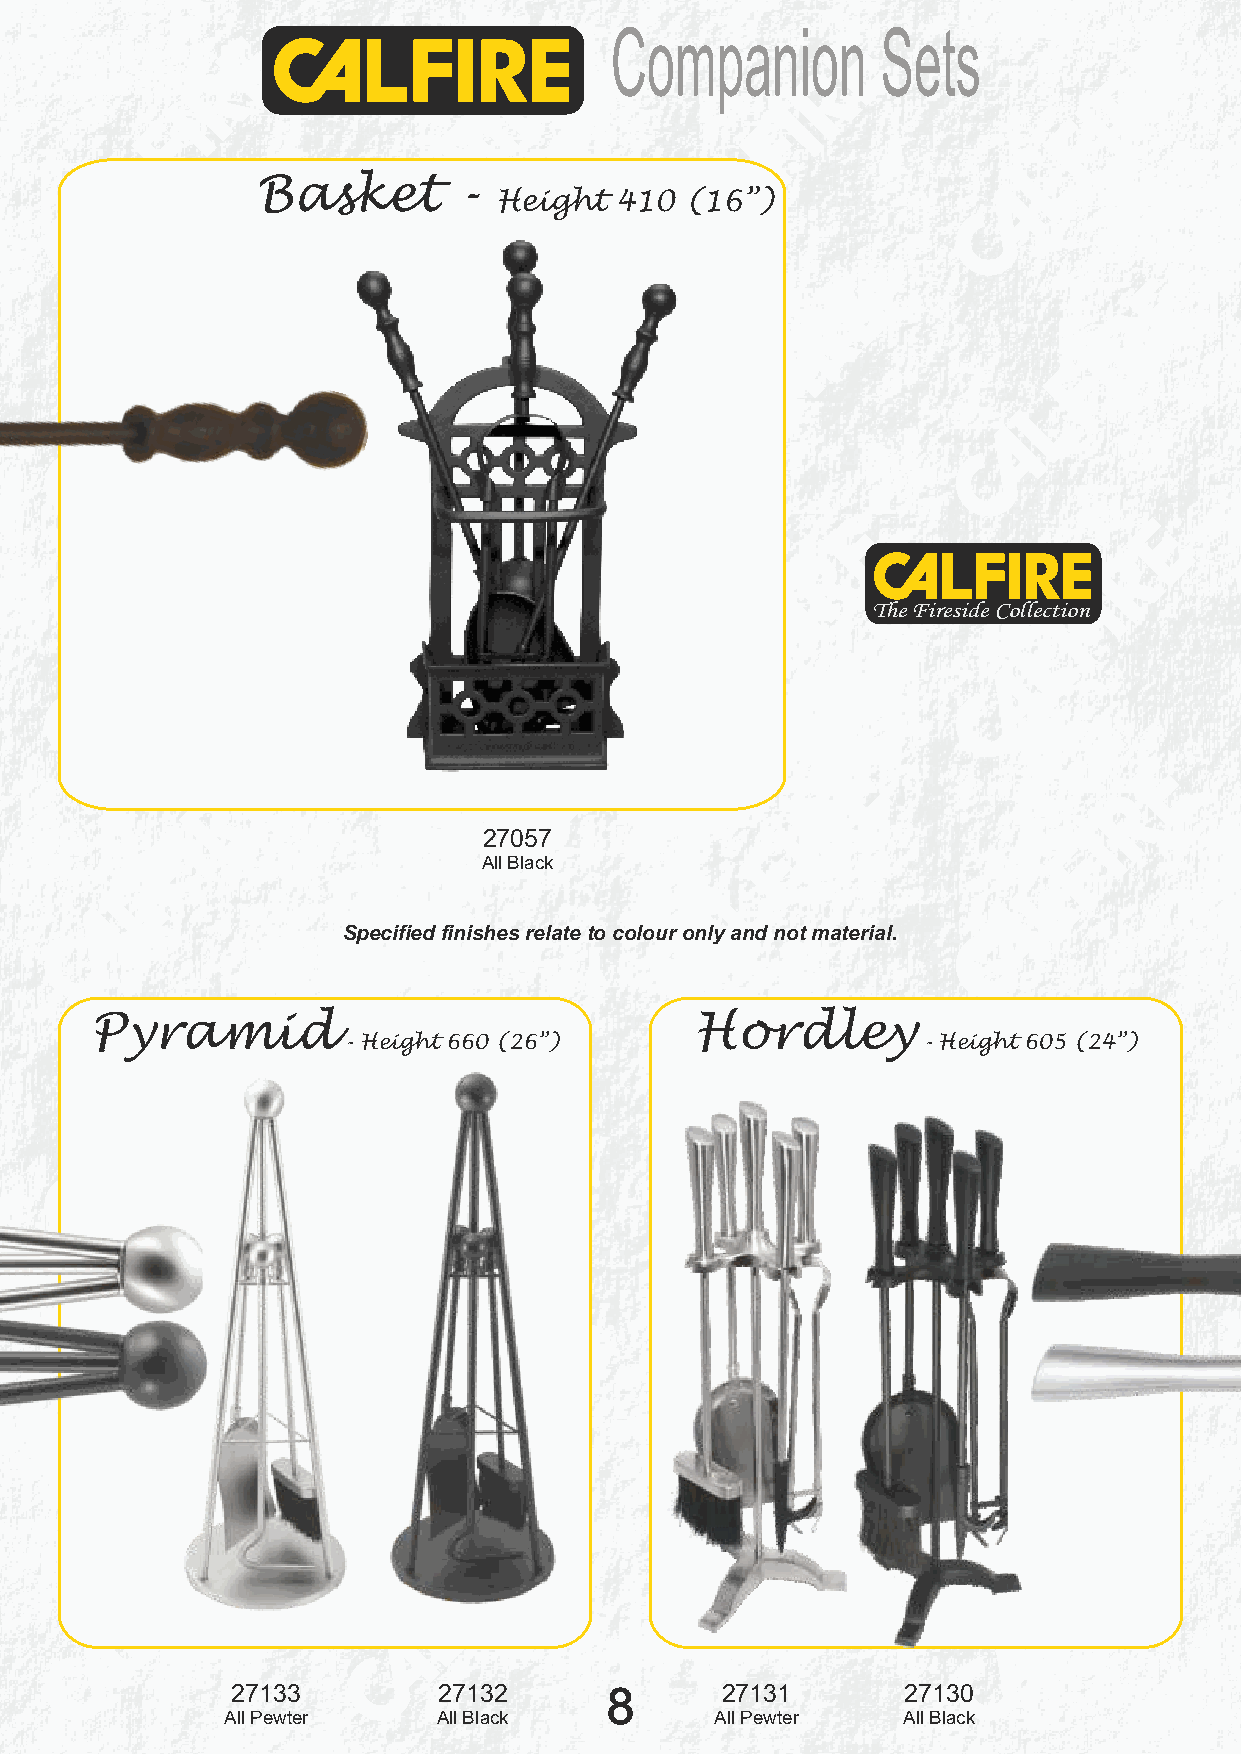
Companion         Sets
 Basket       -
 Height  410 (16”)
 The Fireside Collection
 27057
 All Black
 Specified finishes relate to colour only and not material.
 Pyramid                                 Hordley
 - Height 660 (26”)                    - Height 605 (24”)
 27133         27132      8       27131       27130
 All Pewter    All Black         All Pewter   All Black